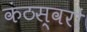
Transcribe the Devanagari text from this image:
कंठस्वरों